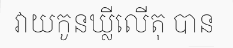
វាយកូនឃ្លីលើតុ បាន